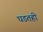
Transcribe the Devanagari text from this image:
घडतही